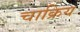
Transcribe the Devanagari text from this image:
चाक्रिय